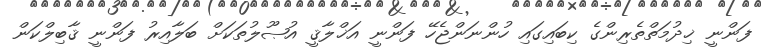
ފަންނީ ޚިދުމަތްތެރިންގެ ކިބައިގައި ހުންނަންޖެހޭ ފަންނީ އަޚްލާޤީ އުޞޫލުތަކަށް ބަލާއިރު ފަންނީ ޤާބިލްކަން